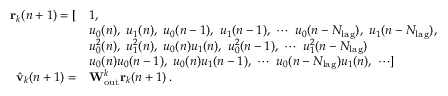
\begin{array} { r l } { \mathbf { r } _ { k } ( n + 1 ) = [ } & { 1 , } \\ & { u _ { 0 } ( n ) , \, \, u _ { 1 } ( n ) , \, \, u _ { 0 } ( n - 1 ) , \, \, u _ { 1 } ( n - 1 ) , \, \, \cdots \, \, u _ { 0 } ( n - N _ { \mathrm { l a g } } ) , \, \, u _ { 1 } ( n - N _ { \mathrm { l a g } } ) , } \\ & { u _ { 0 } ^ { 2 } ( n ) , \, \, u _ { 1 } ^ { 2 } ( n ) , \, \, u _ { 0 } ( n ) u _ { 1 } ( n ) , \, \, u _ { 0 } ^ { 2 } ( n - 1 ) , \, \, \cdots \, \, u _ { 1 } ^ { 2 } ( n - N _ { \mathrm { l a g } } ) } \\ & { u _ { 0 } ( n ) u _ { 0 } ( n - 1 ) , \, \, u _ { 0 } ( n ) u _ { 1 } ( n - 1 ) , \, \, \cdots \, \, u _ { 0 } ( n - N _ { \mathrm { l a g } } ) u _ { 1 } ( n ) , \, \, \cdots ] } \\ { \hat { \mathbf { v } } _ { k } ( n + 1 ) = } & { \mathbf { W } _ { \mathrm { o u t } } ^ { k } \mathbf { r } _ { k } ( n + 1 ) \, . } \end{array}